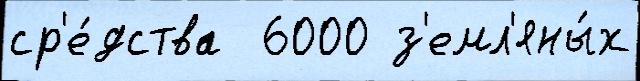
ср'е́дства  6000 з'емл'яны́х